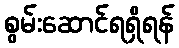
စွမ်းဆောင်ရရှိရန်